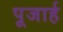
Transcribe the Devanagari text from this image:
पूजार्ह